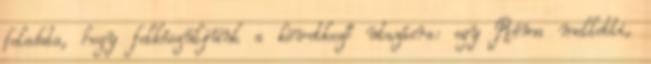
feladata, hogy felkészüljünk a következő utazásra: egy Róma melletti,